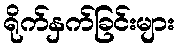
ရိုက်နှက်ခြင်းများ